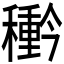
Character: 𮃲